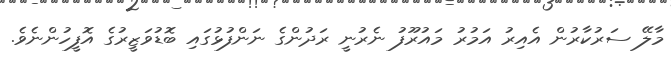
މާލޭ ސަރުކާރުން އެއިރު އަމުރު މައުރޫފު ނެރުނީ ރަދުންގެ ނަންފުޅުގައި ބޮޑުވަޒީރުގެ އޮފީހުންނެވެ.